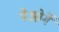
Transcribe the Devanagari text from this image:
गेओर्गे